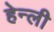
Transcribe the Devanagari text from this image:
हेन्ली